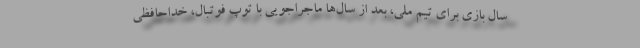
سال بازی برای تیم ملی، بعد از سال‌ها ماجراجویی با توپ فوتبال، خداحافظی